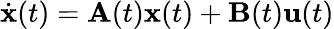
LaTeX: {\dot{\mathbf{x}}}(t)=\mathbf{A}(t)\mathbf{x}(t)+\mathbf{B}(t)\mathbf{u}(t)